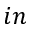
i n